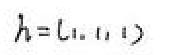
\(h=(1,1,1)\)